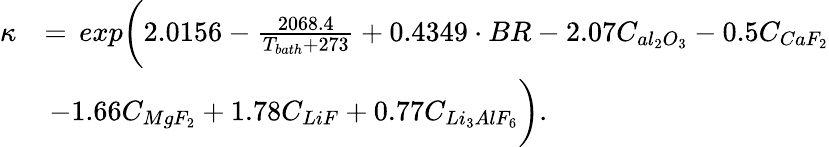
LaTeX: \begin{array}{rl}{\kappa}&{=\, exp\biggl(2.0156-\frac{2068.4}{T_{bath}+273}+0.4349\cdot BR-2.07C_{al_{2}O_{3}}-0.5C_{CaF_{2}}}\\ &{\, -1.66C_{MgF_{2}}+1.78C_{LiF}+0.77C_{Li_{3}AlF_{6}}\biggr).}\end{array}